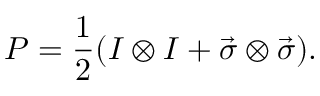
P = \frac { 1 } { 2 } ( I \otimes I + \vec { \sigma } \otimes \vec { \sigma } ) .